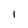
Character: 1